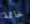
خاتمة